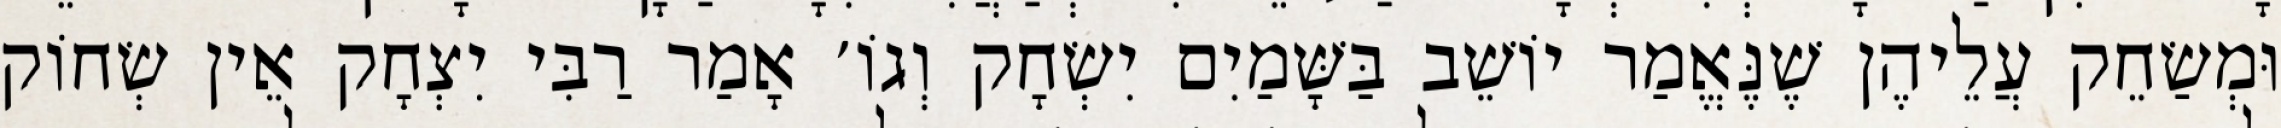
וּמְשַׂחֵק עֲלֵיהֶן שֶׁנֶּאֱמַר יוֹשֵׁב בַּשָּׁמַיִם יִשְׂחָק וְגוֹ׳ אָמַר רַבִּי יִצְחָק אֵין שְׂחוֹק